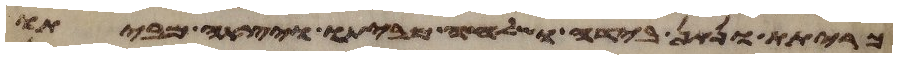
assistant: כריתת ונתן בידה ושלחה מביתו ויצאה מביתו